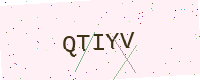
Text: QTIYV